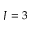
J = 3